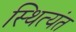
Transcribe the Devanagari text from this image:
स्थित्यंत